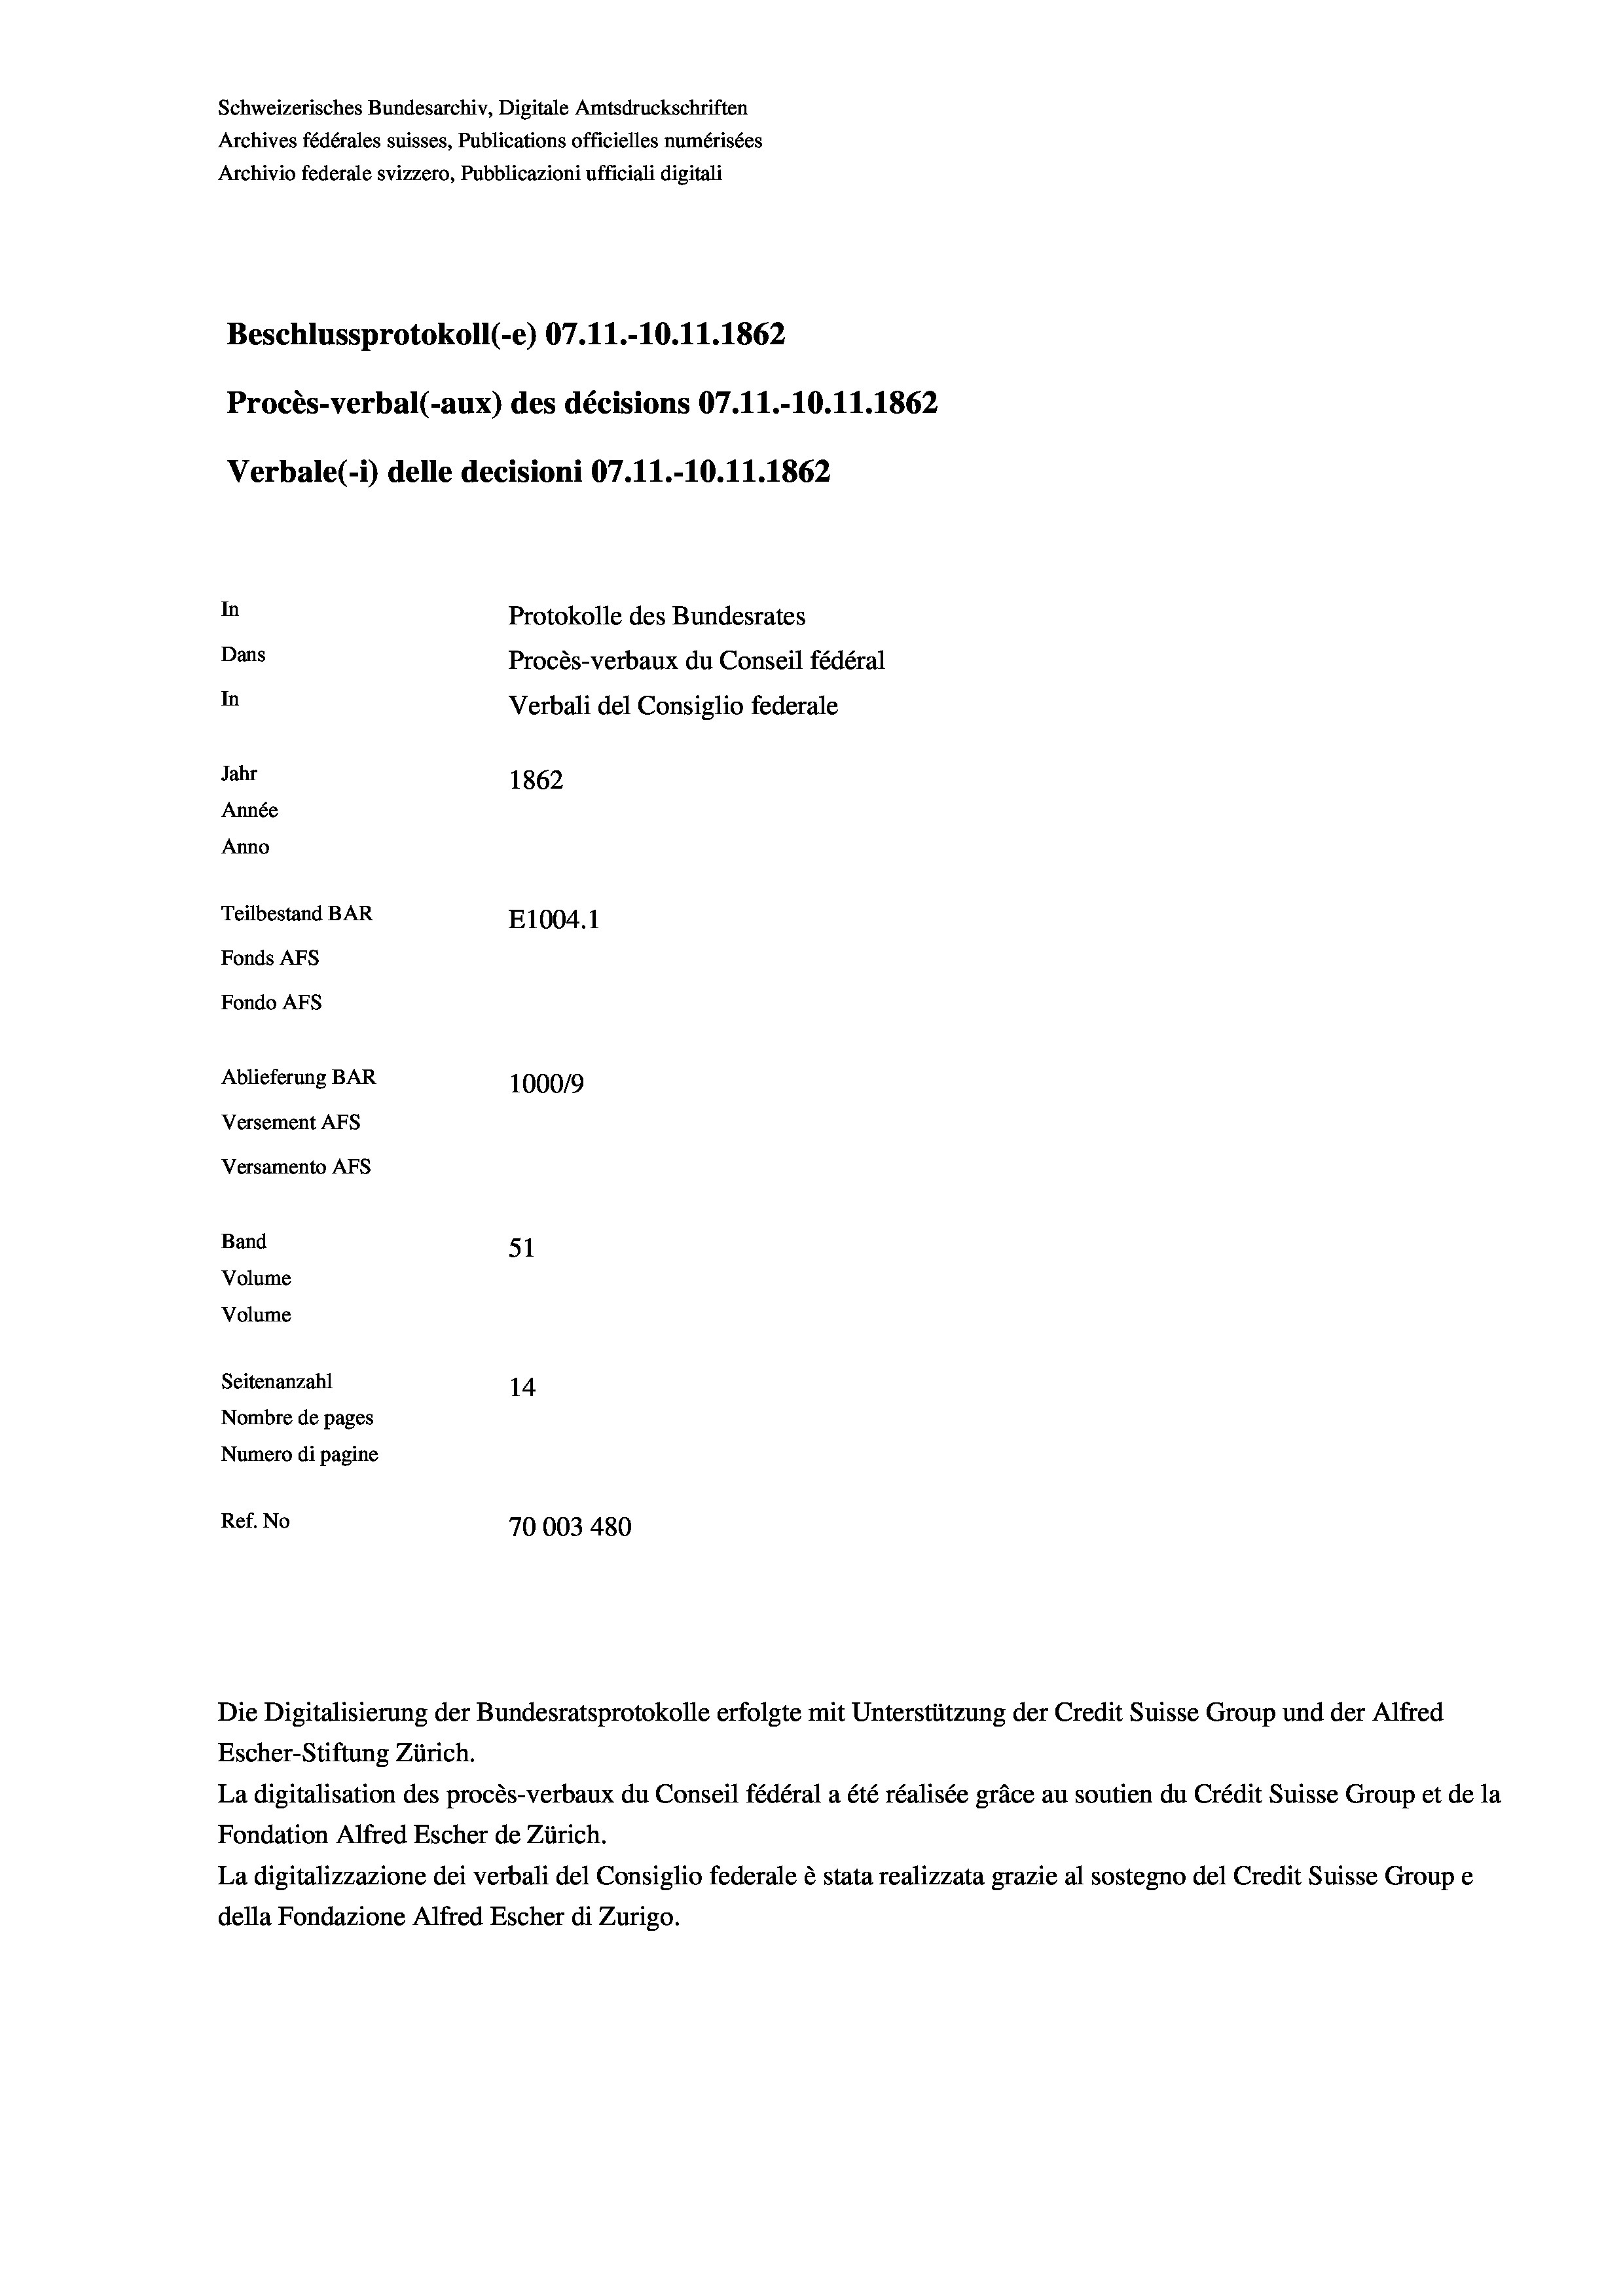
Beschlussprotokoll (-e) 07.11.-10.11.1862
Procès-verbal (-aux) des décisions 07.11.-10.11.1862
Verbale (- 1) delle decisioni 07.11.-10.11.1862
In
Protokolle des Bundesrates
Dans
Procès-verbaux du Conseil fédéral
In
Verbali del Consiglio federale
Jahr
1862
Année
Anno
Teilbestand BAR
E1004. 1
Fonds AFs
Fondo AFs
Ablieferung BAR
100019
Versement AFs
Versamento AFs

Band
Volume
Volume
Seitenanzahl

51
14
Nombre de pages
Numero di pagine
Ref. No
70003 480

Schweizerisches Bundesarchiv, Digitale Amtsdruckschriften
Archives fédérales suisses, Publications officielles numérisées
Archivio federale svizzero, Pubblicazioni ufficiali digitali

La digitalisation des procès-verbaux du Conseil fédéral a été réalisée gräce au soutien du Crédit Suisse Group et de la
Fondation Alfred Escher de Zürich.
La digitalizzazione dei verbali del Consiglio federale è stata realizzata grazie al sostegno del Credit Suisse Groupe
della Fondazione Alfred Escher di Zurigo.

Die Digitalisierung der Bundesratsprotokolle erfolgte mit Unterstützung der Credit Suisse Group und der Alfred
Escher-Stiftung Zürich.